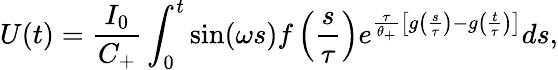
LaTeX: U(t)=\frac{I_{0}}{C_{+}}\int_{0}^{t}\sin(\omega s)f\left(\frac{s}{\tau}\right)e^{\frac{\tau}{\theta_{+}}\left[g\left(\frac{s}{\tau}\right)-g\left(\frac{t}{\tau}\right)\right]}ds,